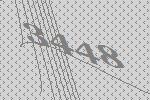
3448